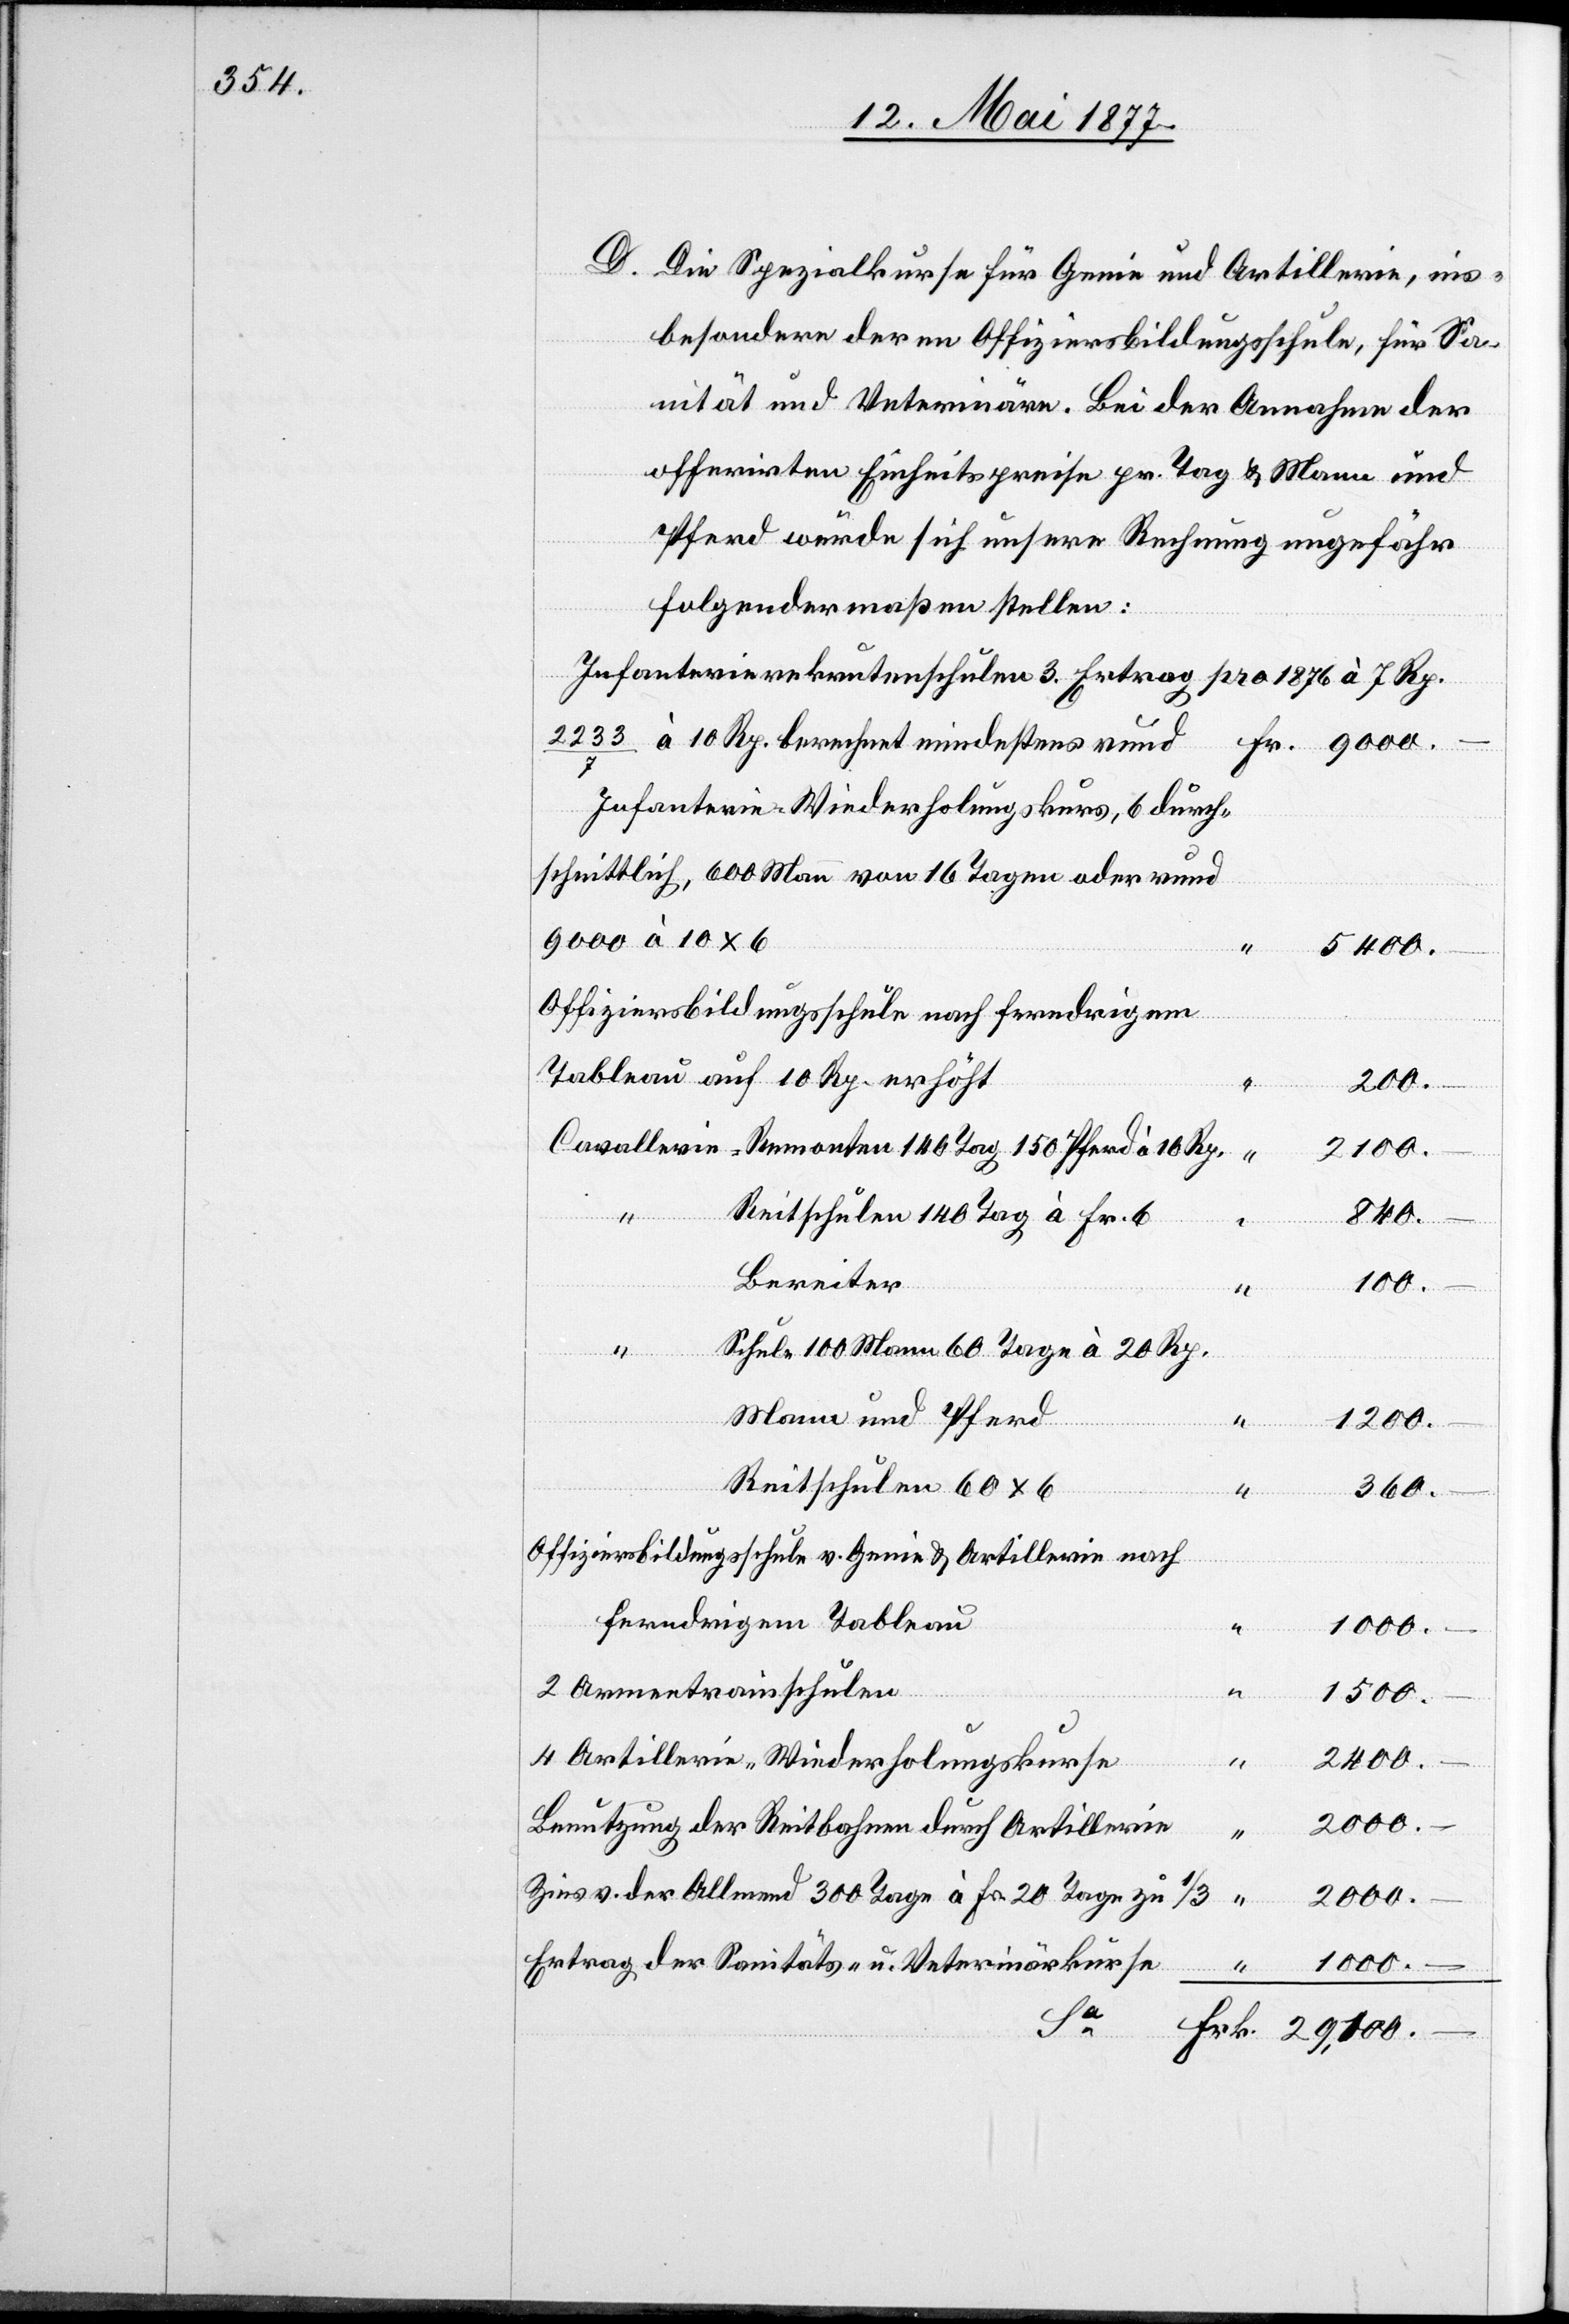
D. Die Spezialkurse für Genie und Artillerie, ins¬
besondere deren Offiziersbildungsschule, für Sa¬
offerirten Einheitspreise pr. Tag & Mann und
Pferd würde sich unsere Rechnung ungefähr
folgendermaßen stellen:
Infanterierekrutenschulen 3. Ertrag pro 1876 à 7 Rp.
2233/7 à 10 Rp. berechnet mindestens rund
Infanterie-Wiederholungskurs, 6 durch¬
schnittlich, 600 Mann von 16 Tagen oder rund
9000 à 10 x 6
5400.–
Offiziersbildungsschule nach ferndrigem
Tableau auf 10 Rp. erhöht
200.–
150
Reitschulen 140 Tag à Fr. 6
29.700.–
Veterin¬
Bereiter
“
100.–
Schule 100 Mann 60 Tage à 20 Rp.
“
Mann und Pferd
1200.–
Remonten
Reitschule 60 x 6
360.–
Offiziersbildungsschule v. Genie & Artillerie nach
ferndrigem Tableau
1000.–
10 Rp.
2 Armeetrainschulen
1500.–
4 Artillerie-Wiederholungskurse
2400.–
2000.–
Benutzung der Reitbahnen durch Artillerie
Zins v. der Allmend 300 Tage à Frk. 20 Tage zu
2000.–
Ertrag der Sanitäts- u. Veterinärkurse
1000.–
Fr.

Annahme